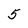
Character: 5